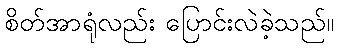
စိတ်အာရုံလည်း ပြောင်းလဲခဲ့သည်။